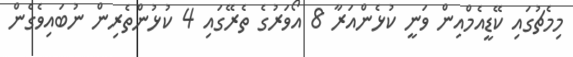
މިމެޗުގައި ކޭޑީއެމްއިން ވަނީ ކުޅެންއަރާ 8 އޯވަރުގެ ތެރޭގައި 4 ކުޅުންތެރިން ނުބައިވެގެން